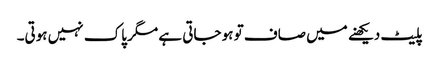
پلیٹ دیکھنے میں صاف تو ہو جاتی ہے مگر پاک نہیں ہوتی۔